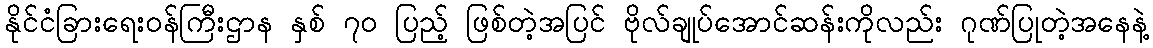
နိုင်ငံခြားရေးဝန်ကြီးဌာန နှစ် ၇၀ ပြည့် ဖြစ်တဲ့အပြင် ဗိုလ်ချုပ်အောင်ဆန်းကိုလည်း ဂုဏ်ပြုတဲ့အနေနဲ့